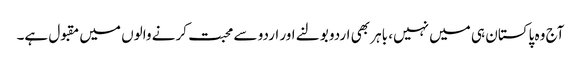
آج وہ پاکستان ہی میں نہیں، باہر بھی اردو بولنے اور اردو سے محبت کرنے والوں میں مقبول ہے۔